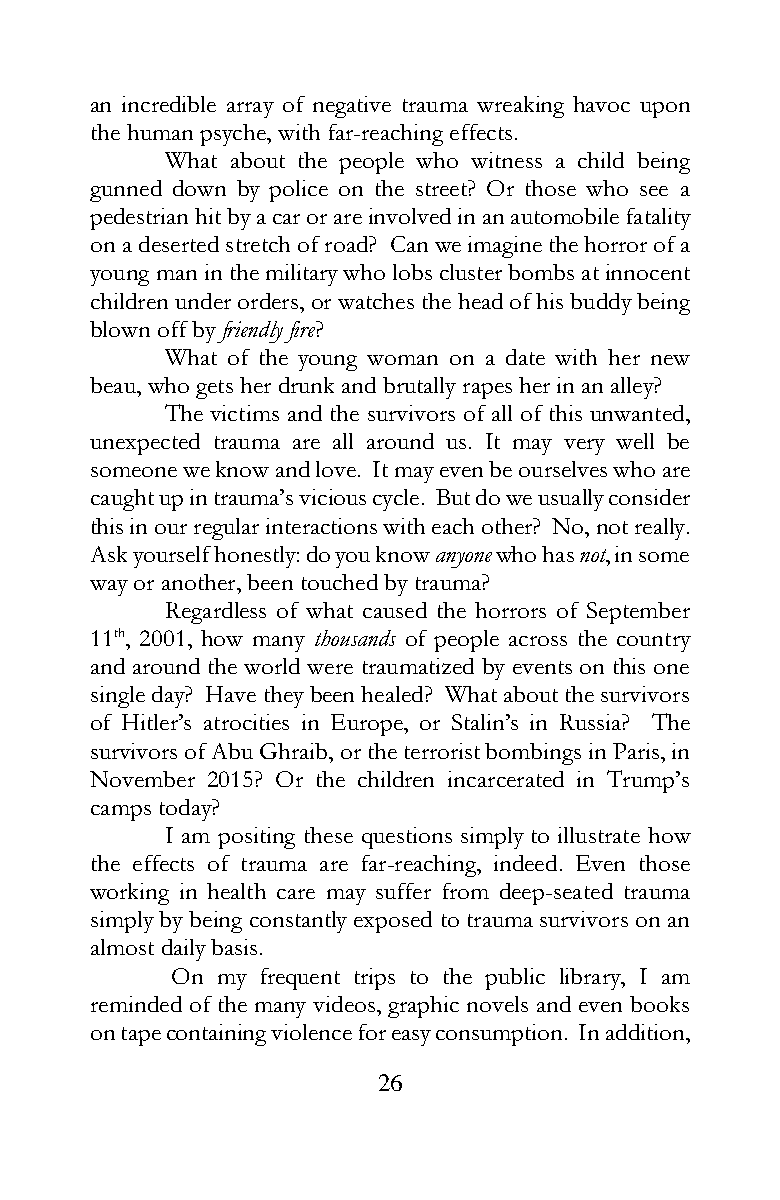
an incredible array of negative trauma wreaking havoc upon
 the human psyche, with far-reaching effects.
 What about the people who witness a child being
 gunned down by police on the street? Or those who see a
 pedestrian hit by a car or are involved in an automobile fatality
 on a deserted stretch of road? Can we imagine the horror of a
 young man in the military who lobs cluster bombs at innocent
 children under orders, or watches the head of his buddy being
 blown off by friendly fire?
 What of the young woman on a date with her new
 beau, who gets her drunk and brutally rapes her in an alley?
 The victims and the survivors of all of this unwanted,
 unexpected trauma are all around us. It may very well be
 someone we know and love. It may even be ourselves who are
 caught up in trauma’s vicious cycle. But do we usually consider
 this in our regular interactions with each other? No, not really.
 Ask yourself honestly: do you know anyone who has not, in some
 way or another, been touched by trauma?
 Regardless of what caused the horrors of September
 11th, 2001, how many thousands of people across the country
 and around the world were traumatized by events on this one
 single day? Have they been healed? What about the survivors
 of Hitler’s atrocities in Europe, or Stalin’s in Russia? The
 survivors of Abu Ghraib, or the terrorist bombings in Paris, in
 November 2015? Or the children incarcerated in Trump’s
 camps today?
 I am positing these questions simply to illustrate how
 the effects of trauma are far-reaching, indeed. Even those
 working in health care may suffer from deep-seated trauma
 simply by being constantly exposed to trauma survivors on an
 almost daily basis.
 On my frequent trips to the public library, I am
 reminded of the many videos, graphic novels and even books
 on tape containing violence for easy consumption. In addition,
 26